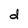
Character: d